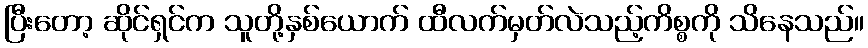
ပြီးတော့ ဆိုင်ရှင်က သူတို့နှစ်ယောက် ထီလက်မှတ်လဲသည့်ကိစ္စကို သိနေသည်။